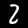
Digit: 2